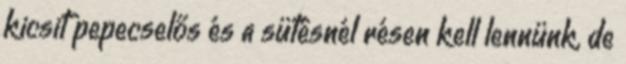
kicsit pepecselős és a sütésnél résen kell lennünk, de